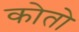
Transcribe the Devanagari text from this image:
कोतो